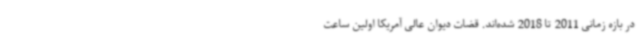
در بازه زمانی 2011 تا 2018 شده‌اند. قضات دیوان عالی آمریکا اولین ساعت